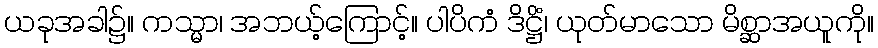
ယခုအခါ၌။ ကသ္မာ၊ အဘယ့်ကြောင့်။ ပါပိကံ ဒိဋ္ဌိံ၊ ယုတ်မာသော မိစ္ဆာအယူကို။